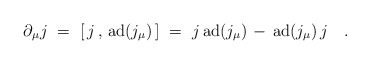
\begin{align*}\partial_\mu j~=~[ \, j \, , \, \mbox{ad}(j_\mu) \, ] ~=~j \, \mbox{ad}(j_\mu) \, - \, \mbox{ad}(j_\mu) \, j~~~. \end{align*}